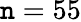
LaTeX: \mathtt{n}=55